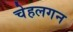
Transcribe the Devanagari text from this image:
चेहलगन